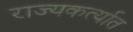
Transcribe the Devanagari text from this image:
राज्यकर्त्यात